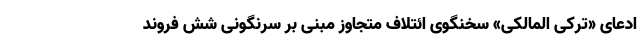
ادعای «ترکی المالکی» سخنگوی ائتلاف متجاوز مبنی بر سرنگونی شش فروند